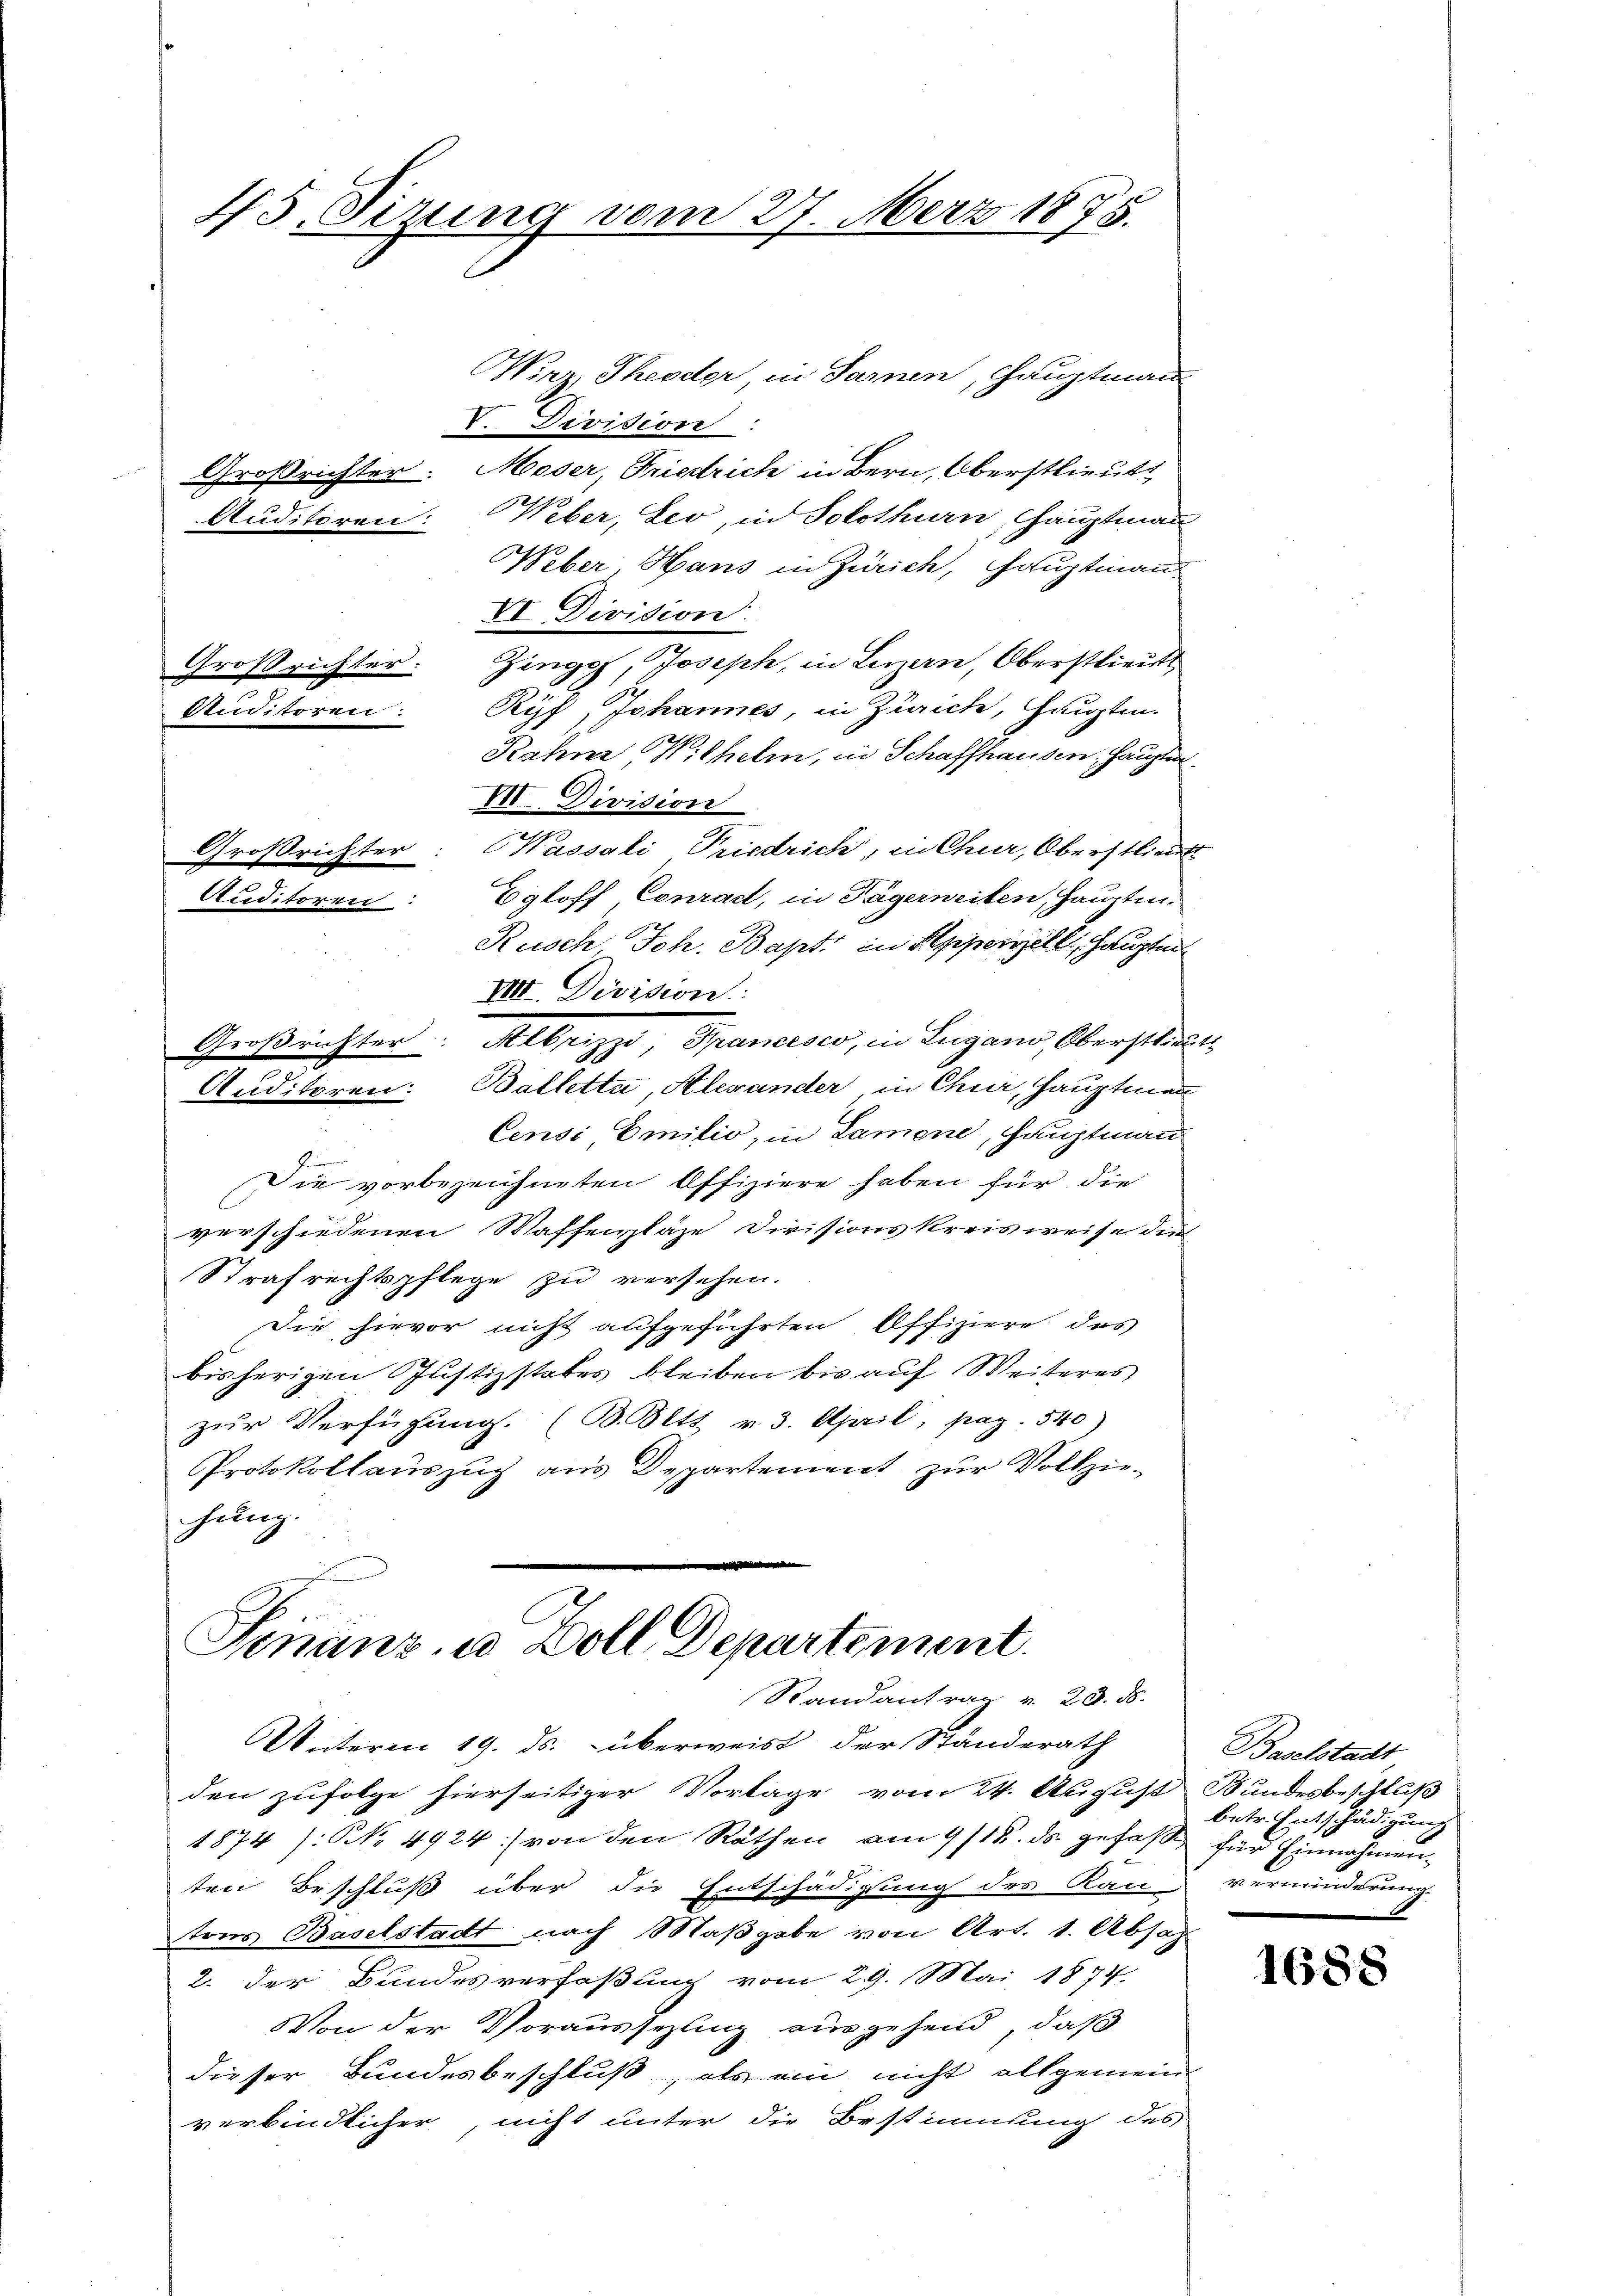
45. Sizung vom 27. März 1875.

Wirz, Theodor, in Sarnen, Hauptmann
V. Division
Großrichter. Moser, Friedrich in Bern, Oberstlieut.
Auditoren: Weber, Leo, in Solothurn, Hauptmann
Weber, Hans in Zürich, Hauptmann
VI Division.
Großrichter. Zingof, Joseph, in Luzern, Oberstlieut
Auditoren: Ryf, Johannes, in Zürich, Hauptm.
Rahne Wilhelm, in Schaffhausen, haupte
VII. Division
Großrichter: Wassali Friedrich, in Chur, Oberstlieut
Egloff, Conrad, in Tägerweiten, Hauptm.
Rusch Joh. Bapt. in Appenzell, haupte
VIII. Division
Groβrichter. Albrizzo, Francisco, in Lugano, Oberstlieut
Auditoren: Balletta, Alexander in Chur, Hauptmann
Censi, Emilio, in Lamene, Hauptmann
Heren
Die vorbezeichneten Offiziere haben für die
verschiedenen Waffenpläge Divisionskreisweise die
Strafrechtspflege zu versehen.
Die hievor nicht aufgeführten Offiziere des
bisherigen Justizstabes bleiben bis auf Weiteres
zur Verfügung. (B. Bett v. 3. April, pag. 540)
Protokollauszug aus Departement zur Vollziehang.
d

Auditoren

Finanz u. Zoll Departement
Randantrag v. 28. ds.
UUnterm 19. ds. überweist der Ständerath

den zufolge hierseitiger Vorlage vom 24. August Bundesbeschluß
1874 /: NNo. 4924:) von den Räthen am 9/12. ds. gefaßt für Einnahmenten Beschluß über die Entschädigung des Kan verminderung
tons Baselstadt nach Maßgabe von Art. 1. Absag
2. der Bundesverfaßung vom 29. Mai 1877.
Von der Vorausseling ausgehend, daß
dieser Bundesbeschluß, als ein nicht allgemein
verbindlicher, nicht unter die Bestimmung des

Baselstadt
betr. Entschädigung

1688